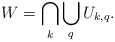
\begin{align*}W = \bigcap\limits_k\bigcup\limits_q U_{k,q}.\end{align*}